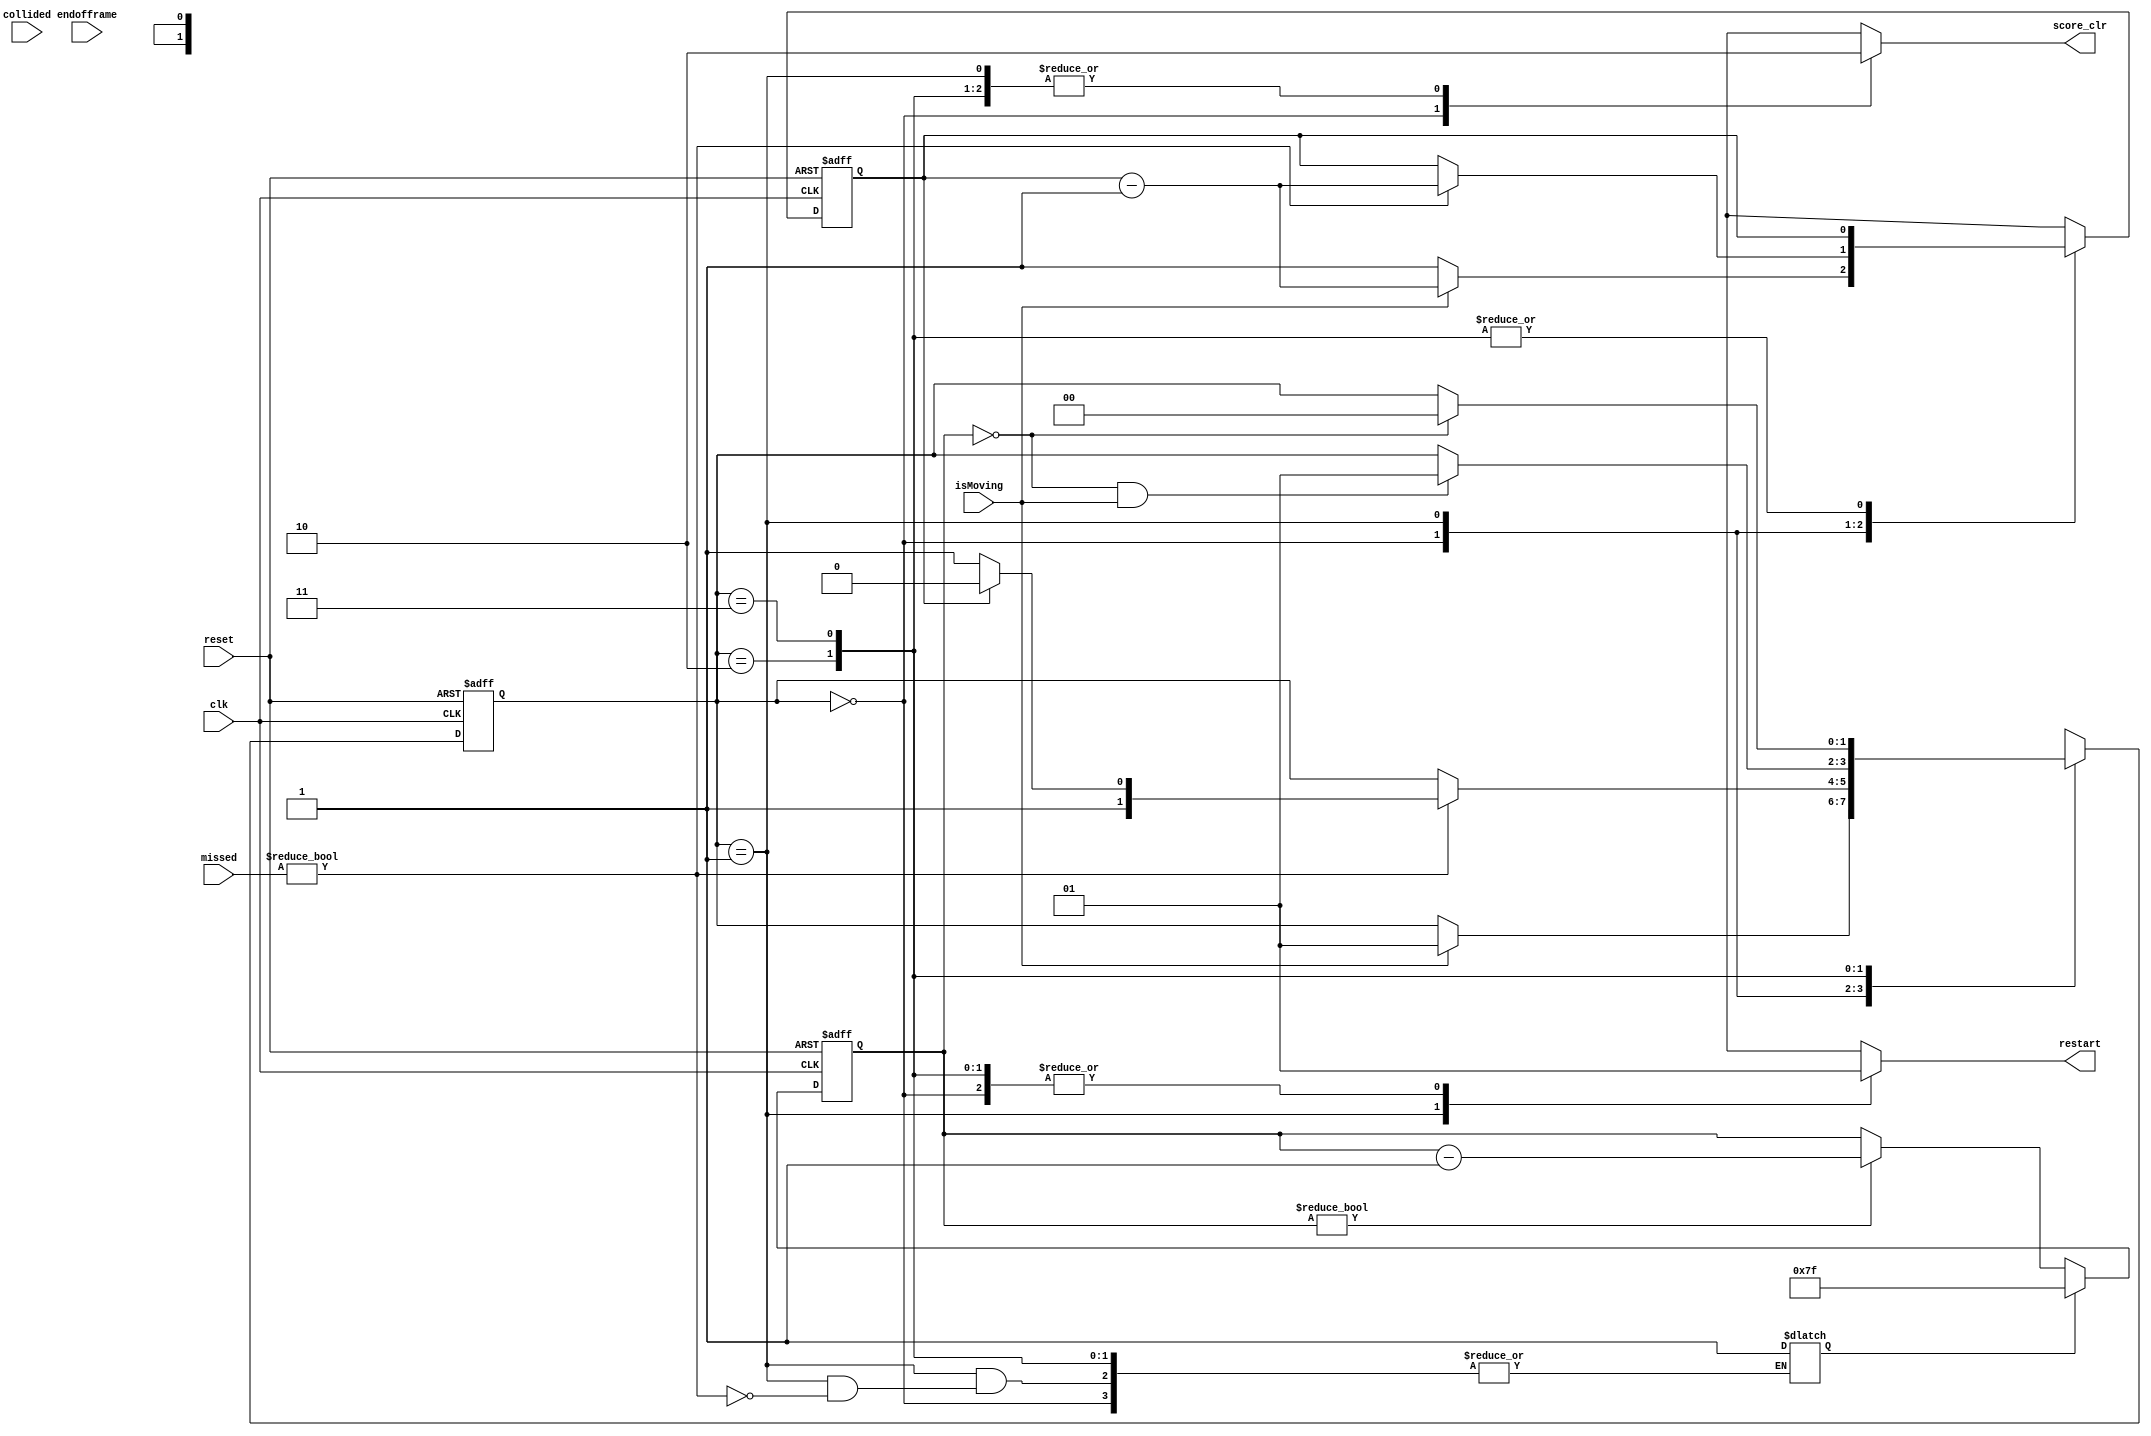
`timescale 1ns / 1ps
//////////////////////////////////////////////////////////////////////////////////
// Company: 
// Engineer: 
// 
// Design Name: 
// Module Name:   gamecontrol
// Project Name: 
// Target Devices: 
// Tool versions: 
// Description: 
//
// Dependencies: 
//
// Revision: 
// Revision 0.01 - File Created
// Additional Comments: 
//
//////////////////////////////////////////////////////////////////////////////////
module fsm(
    input clk, reset, endofframe,
    input [1:0] collided, missed,
	 input isMoving,
	 output reg score_clr,
    output reg restart
    );
    
    // State declaration
    localparam [1:0] start = 2'b00;
    localparam [1:0] game = 2'b01;
    localparam [1:0] ball_refill = 2'b10;
    localparam [1:0] end_game = 2'b11;
    
    reg [1:0] state, state_next;
    reg ball, ball_next;
	 
	 reg timer_begin;
	 wire timer_end;
  
  reg [6:0] timer, timer_next;
  
  always @ (posedge clk, posedge reset)
    if (reset)
      timer <= 7'b1111111;
    else
      timer <= timer_next;
  
  always @ (*)
  begin
    if (timer_begin)
      timer_next = 7'b1111111;
    else if (timer != 0)
      timer_next = timer - 1;
    else
      timer_next = timer;
  end
  
  assign timer_end = (timer == 0);
    
  always @ (posedge clk, posedge reset)
    begin
      if (reset)
        begin
          state <= start;
          ball <= 0;
		 end
      else
        begin
          state <= state_next;
          ball <= ball_next;
        end
    end
    
  always @ (*)
  begin
    restart = 1'b1;
	 score_clr = 1'b0;
	 state_next = state;
	 ball_next = ball;
    case (state)
      start:
		 begin

          ball_next = 2'b11;
          score_clr = 1'b1;
          if (isMoving)
            begin
              state_next = game;
              ball_next = ball - 1;
            end
			end
      game:
        begin
          restart = 1'b0;
          if (missed != 2'b00)
            begin 
              if (ball == 0)
                state_next = end_game;
              else
                state_next = ball_refill;
              timer_begin = 1'b1;
              ball_next = ball - 1;
            end
			end
      ball_refill:
			begin
        if (timer_end && (isMoving))
          state_next = game;
			end
      end_game:
			begin
        if (timer_end)
          state_next = start;
			 end
    endcase
  end
  
  

        
          
endmodule